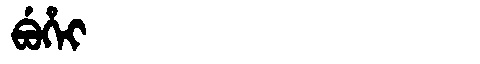
Manchu: ᠪᡠᡥᡝᡳ
Romanization: BUHEI